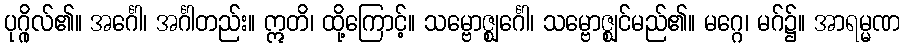
ပုဂ္ဂိုလ်၏။ အင်္ဂေါ၊ အင်္ဂါတည်း။ ဣတိ၊ ထို့ကြောင့်။ သမ္ဗောဇ္ဈင်္ဂေါ၊ သမ္ဗောဇ္ဈင်မည်၏။ မဂ္ဂေ၊ မဂ်၌။ အာရမ္မဏ